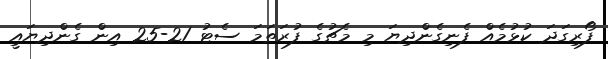
ފޯރިގަދަ ކުޅުމެއް ފެނިގެންދިޔަ މި މެޗުގެ ފުރަތަމަ ސެޓު 21-25 އިން ގެންދިޔައީ